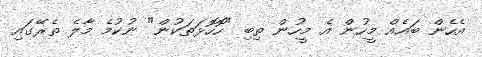
އެހެން ބައެއް މީހުން އެ މީހުން ތިބި "ހޮހޮޅަތަކުން" ނުކުމެ މާލެ ތެރޭގައި